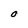
Character: O